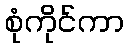
စုံကိုင်ကာ